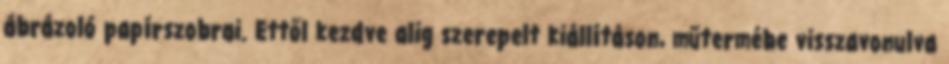
ábrázoló papírszobrai. Ettől kezdve alig szerepelt kiállításon, műtermébe visszavonulva